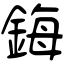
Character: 鋂